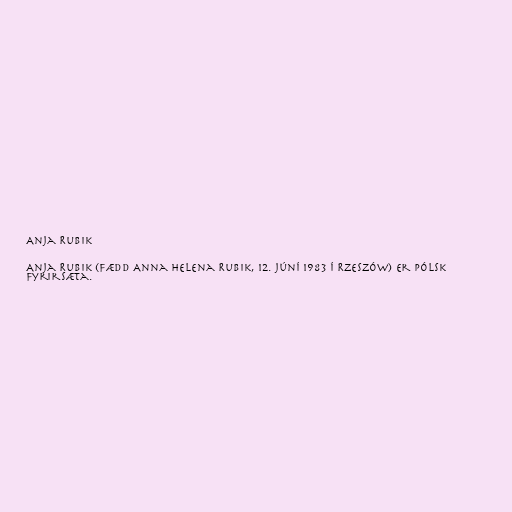
Anja Rubik

Anja Rubik (fædd Anna Helena Rubik, 12. júní 1983 í Rzeszów) er pólsk
fyrirsæta.